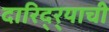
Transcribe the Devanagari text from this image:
दारिद्‌र्‍याची